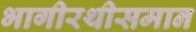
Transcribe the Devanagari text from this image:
भागीरथीसमान